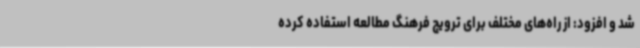
شد و افزود: از راه‌های مختلف برای ترویج فرهنگ مطالعه استفاده کرده